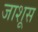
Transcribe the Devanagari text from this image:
जाशूस